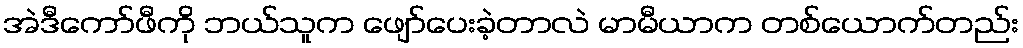
အဲဒီကော်ဖီကို ဘယ်သူက ဖျော်ပေးခဲ့တာလဲ မာမီယာက တစ်ယောက်တည်း